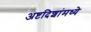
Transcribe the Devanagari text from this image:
अष्टदिशांमध्ये